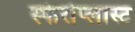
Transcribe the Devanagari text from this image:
स्फेरोप्लास्ट